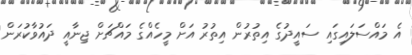
އެ މައްސަލައިގައި ސައީދުގެ އިތުރުން އިތުރު އަށް މީހެއްގެ މައްޗަށް ޖިނާއީ ދައުވާކުރަން